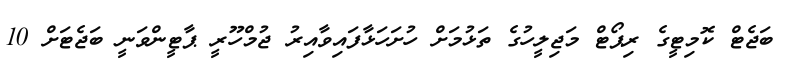
ބަޖެޓް ކޮމިޓީގެ ރިޕޯޓް މަޖިލީހުގެ ތަޅުމަށް ހުށަހަޅާފައިވާއިރު ޖުމްހޫރީ ޕާޓީންވަނީ ބަޖެޓަށް 10